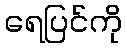
ရေပြင်ကို